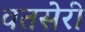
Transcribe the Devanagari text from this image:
वतसेरी